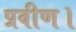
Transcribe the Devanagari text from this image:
प्रवीण।